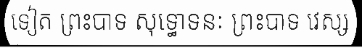
ទៀត ព្រះបាទ សុទ្ធោទនៈ ព្រះបាទ វេស្ស